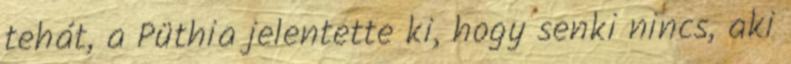
tehát, a Püthia jelentette ki, hogy senki nincs, aki